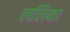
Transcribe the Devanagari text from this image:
ललिका